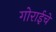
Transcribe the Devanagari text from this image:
गोराईचे